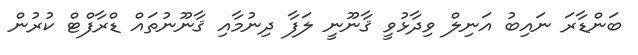
ބަންޑާރަ ނައިބު އަނިލް ވިދާޅުވީ ޤާނޫނީ ލަފާ ދިނުމާއި ޤާނޫނުތައް ޑްރާފްޓް ކުރުން